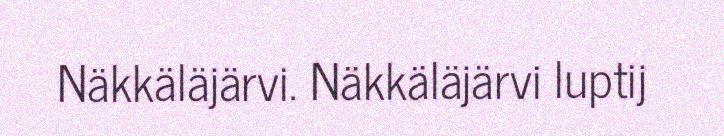
Näkkäläjärvi. Näkkäläjärvi luptij